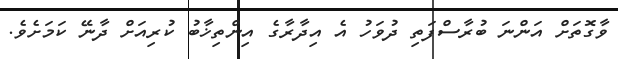
ވާގޮތަށް އަންނަ ބުރާސްފަތި ދުވަހު އެ އިދާރާގެ އިންތިޚާބު ކުރިއަށް ދާނޭ ކަމަށެވެ.